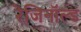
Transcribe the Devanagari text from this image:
रेजिनॉल्ड